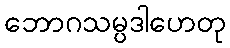
ဘောဂသမ္ပဒါဟေတု